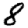
Digit: 8